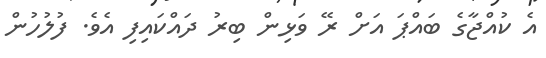
އެ ކުއްޖާގެ ބައްޕަ އަށް ރޭ ވަޅިން ބިރު ދައްކައިފި އެވެ. ފުލުހުން